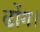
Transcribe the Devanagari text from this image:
ढोंग।